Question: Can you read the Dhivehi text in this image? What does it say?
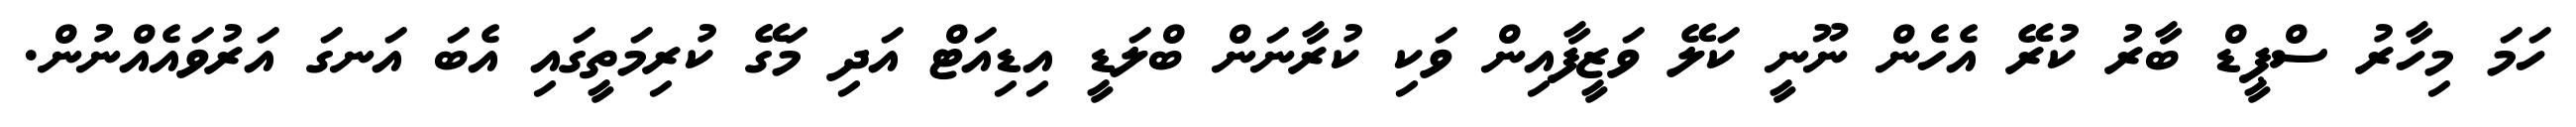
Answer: ހަމަ މިހާރު ސްޕީޑް ބާރު ކުރޭ އެހެން ނޫނީ ކަލޭ ވަޒީފާއިން ވަކި ކުރާނަން ބްލަޑީ އިޑިއަޓް އަދި މަގޭ ކުރިމަތީގައި އެބަ އަނގަ އަރުވައެއްނުން.